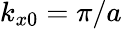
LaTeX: k_{x0}=\pi/a